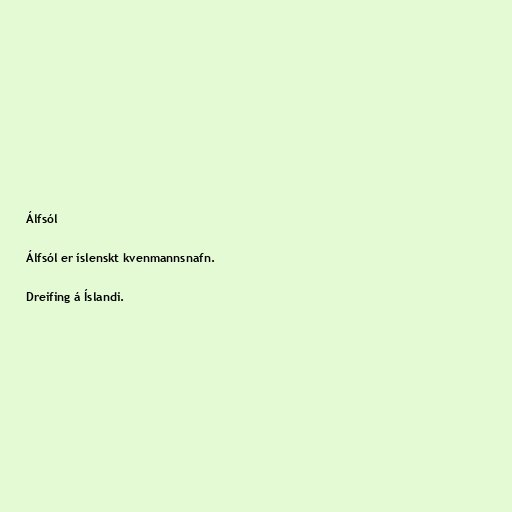
Álfsól

Álfsól er íslenskt kvenmannsnafn.

Dreifing á Íslandi.